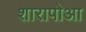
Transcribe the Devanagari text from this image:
शारापोआ